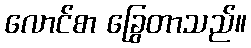
လောင်စာ ခြွေတာသည်။